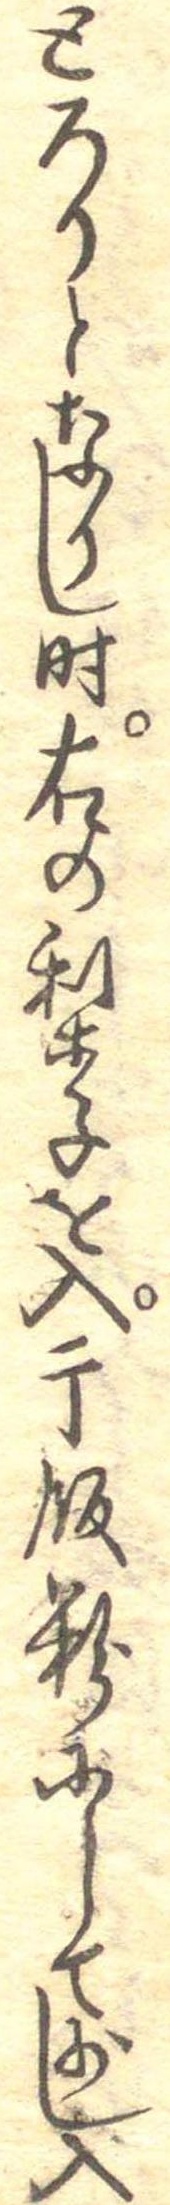
とろりとなりし時右の梨子を入干飯粉にして少し入